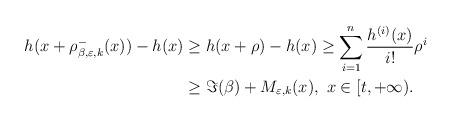
LaTeX: \begin{align*}h(x+\rho_{\beta ,\varepsilon,k}^{-}(x))-h(x)&\geq h(x+\rho)-h(x)\geq\sum_{i=1}^{n}\frac{h^{(i)}(x)}{i!}\rho^{i}\\&\geq \Im(\beta) + M_{\varepsilon,k}(x),\ x\in[t,+\infty).\end{align*}